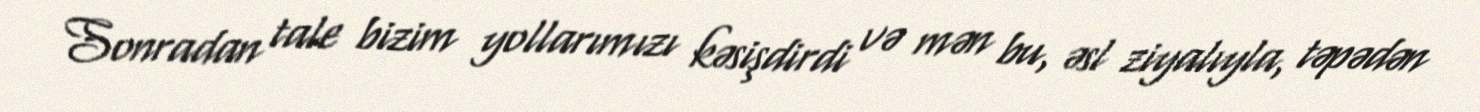
Sonradan tale bizim yollarımızı kəsişdirdi və mən bu, əsl ziyalıyla, təpədən